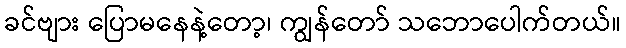
ခင်ဗျား ပြောမနေနဲ့တော့၊ ကျွန်တော် သဘောပေါက်တယ်။